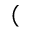
(